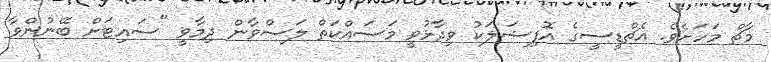
މާޗް މަހަށެވެ. އެޗްޑީސީގެ އޮފިޝަލަކު ވިދާޅުވީ މަސައްކަތް ލަސްވާން ދިމާވީ "ސައިޓަށް ބޭނުންވާ